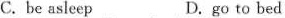
C.be asleep D.go to bed